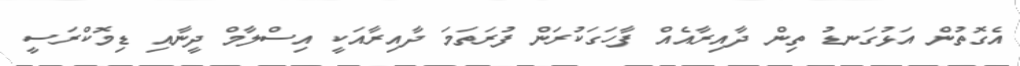
އެގޮތުން އަޅުގަނޑު ތިން ދާއިރާއެއް ފާހަގަކުރަން ފުރަތަމަ ދާއިރާއަކީ އިސްލާމް ދީނާއި ޑިމޮކްރަސީ